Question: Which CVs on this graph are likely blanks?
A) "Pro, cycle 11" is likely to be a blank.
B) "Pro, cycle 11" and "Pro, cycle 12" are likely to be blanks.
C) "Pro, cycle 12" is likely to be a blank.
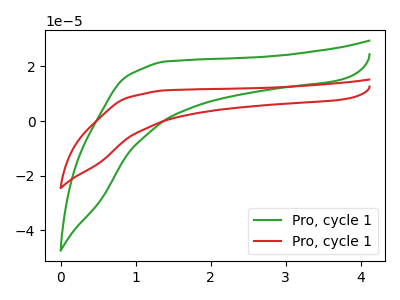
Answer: <think>The green curve "Pro, cycle 11" has no peaks. The red curve "Pro, cycle 12" has no peaks.</think>
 <answer>B) "Pro, cycle 11" and "Pro, cycle 12" are likely to be blanks.</answer>
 <eval>B</eval>